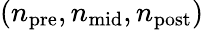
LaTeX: (n_{\mathrm{pre}},n_{\mathrm{mid}},n_{\mathrm{post}})